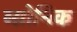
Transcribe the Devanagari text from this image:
ब्य्रोनिक